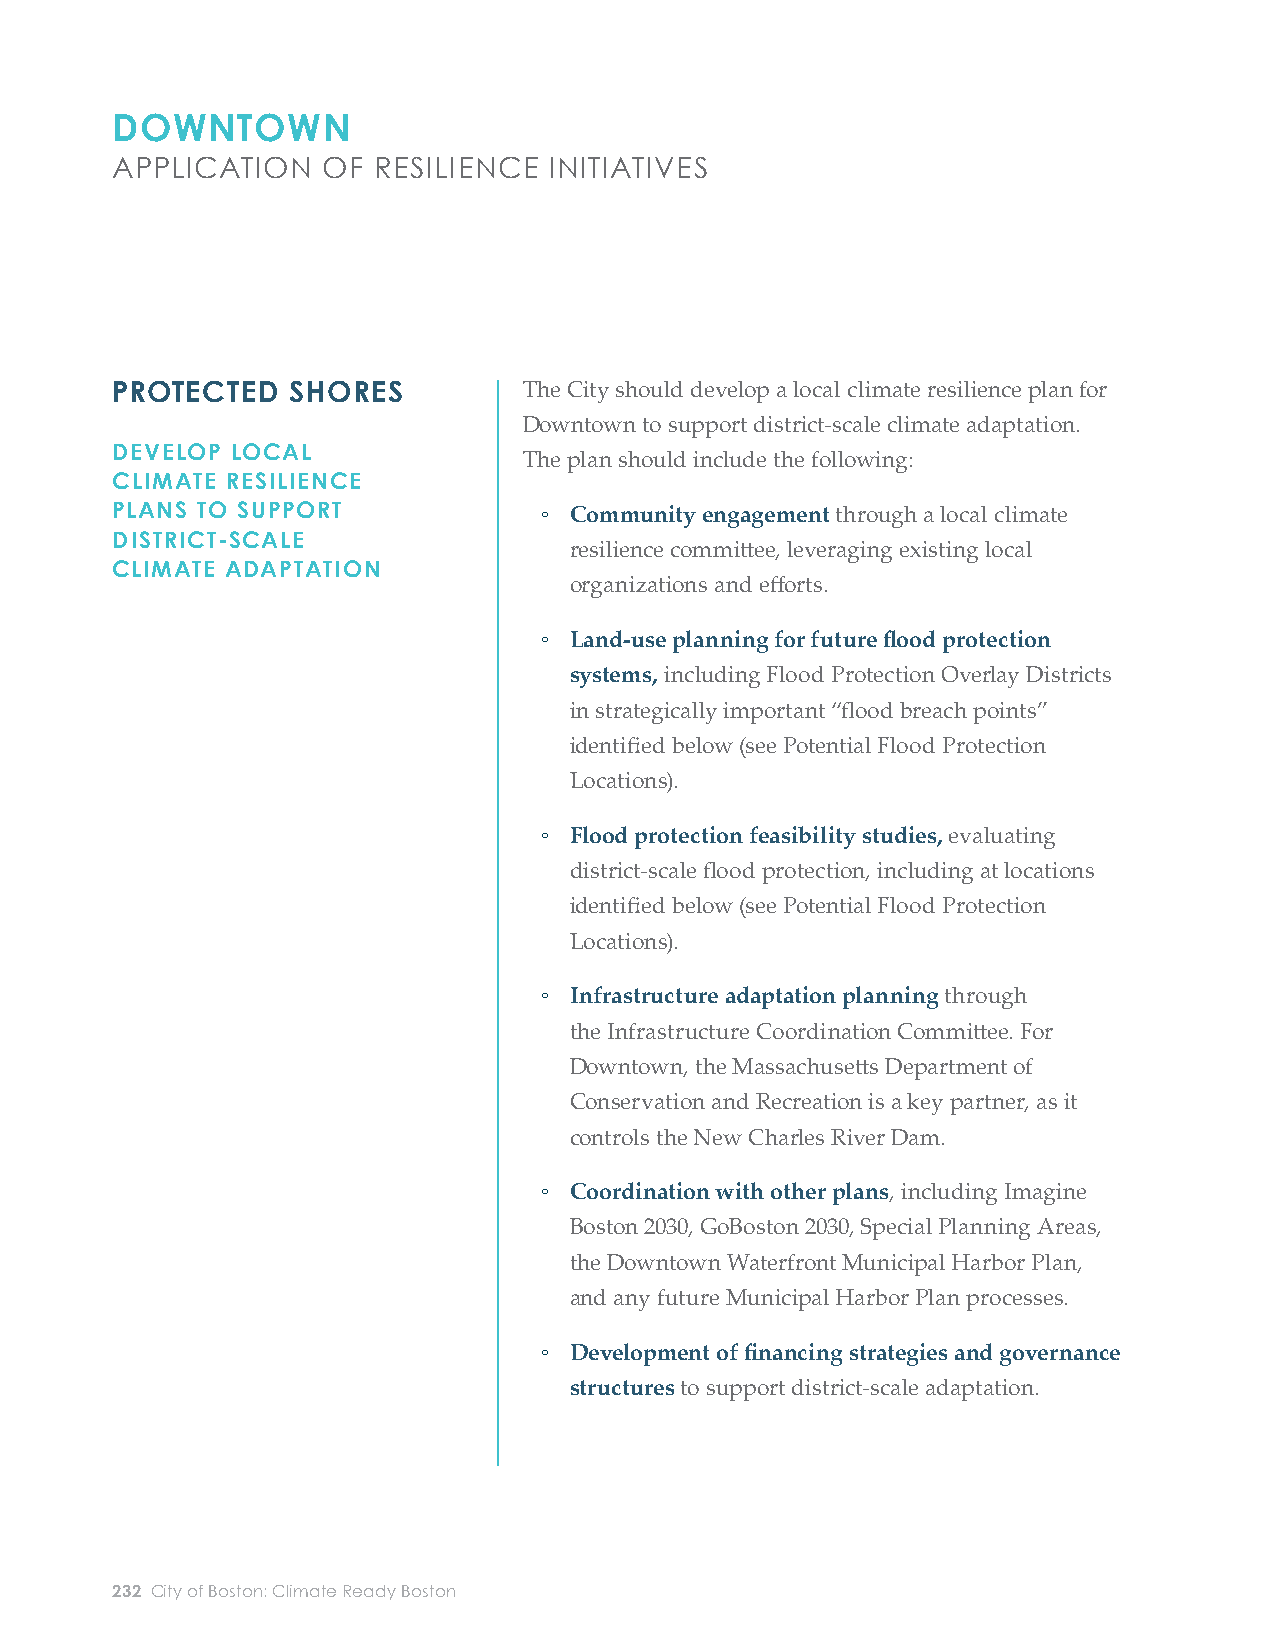
DOWNTOWN
 APPLICATION   OF  RESILIENCE INITIATIVES
 PROTECTED   SHORES          The City should develop a local climate resilience plan for ESTABLISH FLOOD        The Boston Planning and Development Agency (BPDA)
 Downtown to support district-scale climate adaptation.  PROTECTION OVERLAY         should petition the Boston Zoning Commission to create
 DEVELOP LOCAL                                                                       DISTRICTS AND REQUIRE
 The plan should include the following:                                             new Flood Protection Overlay Districts in areas that
 CLIMATE RESILIENCE                                                                  POTENTIAL INTEGRATION
 are strategically important for potential future fl ood
 PLANS TO SUPPORT             ◦ Community engagement through a local climate         WITH FLOOD PROTECTION
 protection infrastructure (see Potential Flood Protection
 DISTRICT-SCALE
 resilience committ ee, leveraging existing local
 CLIMATE ADAPTATION                                                                                             Locations below). Within a Flood Protection Overlay
 organizations and eff orts.
 District, a developer would be required to submit a study
 ◦ Land-use planning for future fl ood protection                                  of how a proposed project could be integrated into a future
 systems, including Flood Protection Overlay Districts                           fl ood protection system; options may include raising and
 in strategically important “fl ood breach points”                               reinforcing the development site or providing room for a
 identifi ed below (see Potential Flood Protection                               future easement across the site.
 Locations).
 PRIORITIZE AND STUDY THE   To reduce the risk of coastal fl ooding at major inundation
 ◦ Flood protection feasibility studies, evaluating
 FEASIBILITY OF DISTRICT-   points, the City should study the feasibility of constructing
 district-scale fl ood protection, including at locations SCALE FLOOD PROTECTION
 district-scale fl ood protection at the primary fl ood
 identifi ed below (see Potential Flood Protection
 entry points Downtown (see Potential Flood Protection
 Locations).
 Locations below for a preliminary identifi cation of
 locations and potential benefi ts).
 ◦ Infrastructure adaptation planning through
 the Infrastructure Coordination Committ ee. For
 These feasibility studies should take place in the context
 Downtown, the Massachusett s Department of
 of local climate resilience plans, featuring engagement
 Conservation and Recreation is a key partner, as it
 with local community stakeholders, coordination with
 controls the New Charles River Dam.
 infrastructure adaptation, and considerations of how fl ood
 protection would impact or be impacted by neighborhood
 ◦ Coordination with other plans, including Imagine
 character and growth. Examples of prioritization criteria
 Boston 2030, GoBoston 2030, Special Planning Areas,
 include the timing of fl ood risk, consequences for people
 the Downtown Waterfront Municipal Harbor Plan,
 and the economy, social equity, fi nancial feasibility,
 and any future Municipal Harbor Plan processes.
 and potential for additional benefi ts beyond fl ood risk
 ◦ Development of fi nancing strategies and governance
 reduction.
 structures to support district-scale adaptation.
 232 City of Boston: Climate Ready Boston